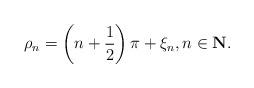
LaTeX: \begin{align*}{\rho}_n=\left(n+\frac{1}{2}\right)\pi+\xi_n,n\in\mathbf{N}.\end{align*}